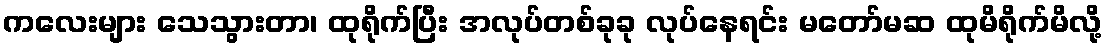
ကလေးများ သေသွားတာ၊ ထုရိုက်ပြီး အလုပ်တစ်ခုခု လုပ်နေရင်း မတော်မဆ ထုမိရိုက်မိလို့